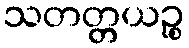
သတတ္တယဉ္စ